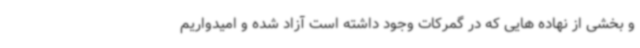
و بخشی از نهاده هایی که در گمرکات وجود داشته است آزاد شده و امیدواریم